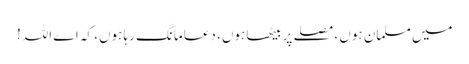
میں مسلمان ہوں ، مصلے پر بیٹھا ہوں، دعا مانگ رہا ہوں، کہ اے اللہ!